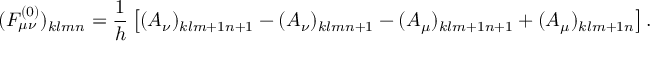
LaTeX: ( { \cal F } _ { \mu \nu } ^ { ( 0 ) } ) _ { k l m n } = { \frac { 1 } { h } } \left[ ( { \cal A } _ { \nu } ) _ { k l m + 1 n + 1 } - ( { \cal A } _ { \nu } ) _ { k l m n + 1 } - ( { \cal A } _ { \mu } ) _ { k l m + 1 n + 1 } + ( { \cal A } _ { \mu } ) _ { k l m + 1 n } \right] .